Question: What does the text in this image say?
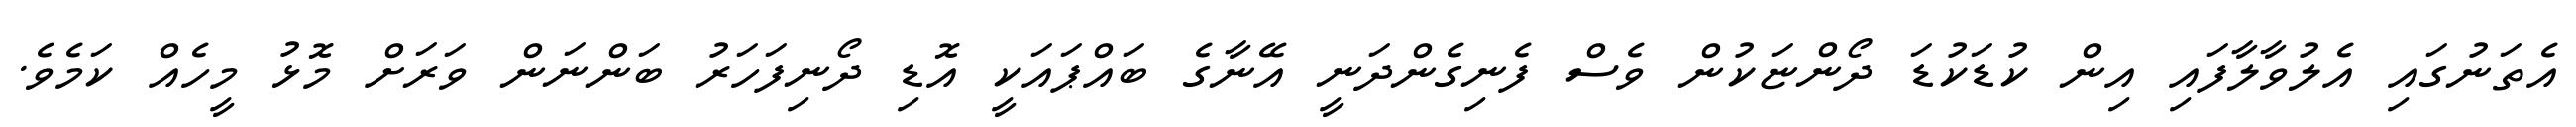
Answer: އެތަނުގައި އެލުވާލާފައި އިން ކުޑަކުޑަ ދޯންޏަކުން ވެސް ފެނިގެންދަނީ އޭނާގެ ބައްޕައަކީ އޮޑި ދޯނިފަހަރު ބަންނަން ވަރަށް މޮޅު މީހެއް ކަމެވެ.